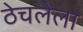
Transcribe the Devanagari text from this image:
ठेचलेला